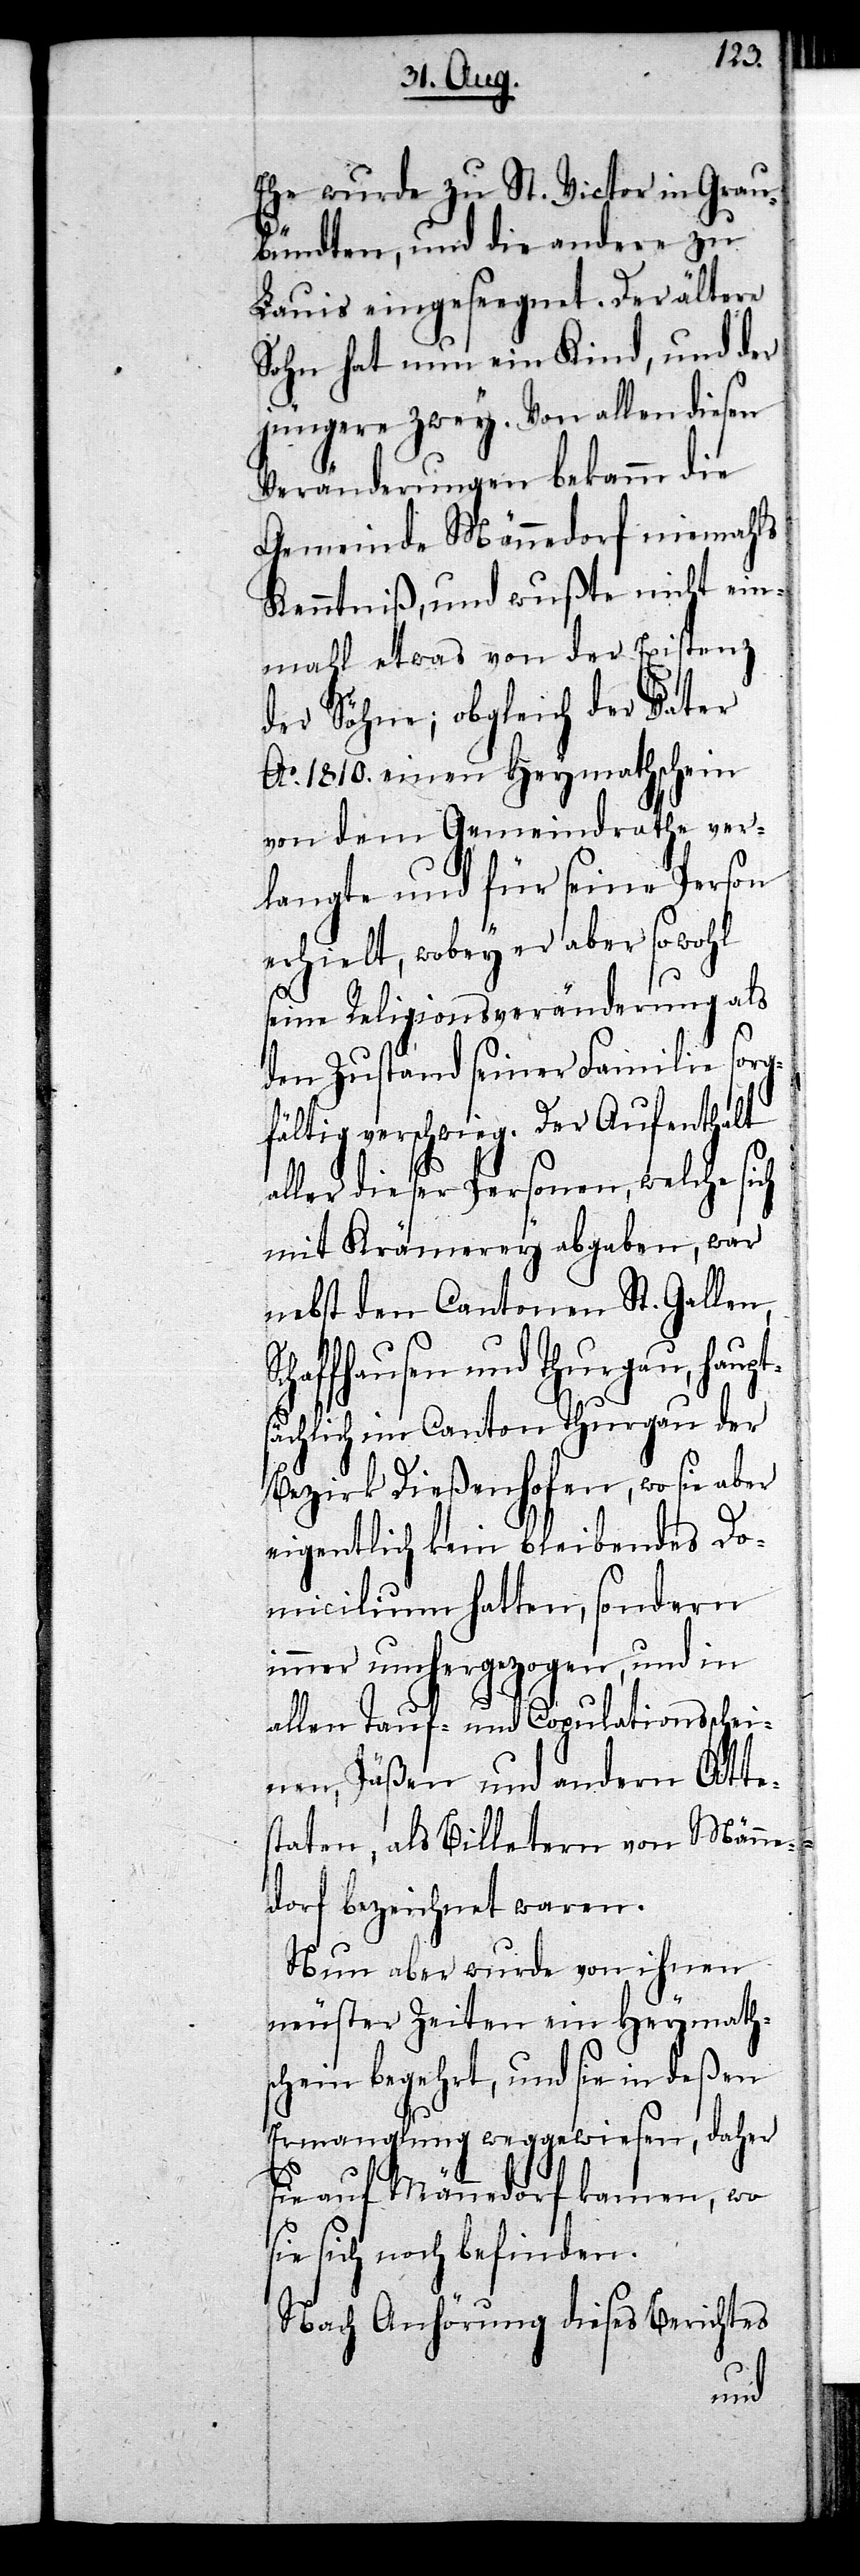
ts¬
Ehe wurde zu St. Victor in Grau¬
bündten, und die andere zu
Lauis eingesegnet. Der ältere
Sohn hat nun ein Kind, und der
jüngere zwey. Von allen diesen
Veränderungen bekam die
Gemeinde Männedorf niemahls
Kenntniß, und wußte nicht ein¬
mahl etwas von der Existenz
der Söhne; obgleich der Vater
Ao. 1810. einen Heymathschein
von dem Gemeindrathe ver¬
langte und für seine Person
erhielt, wobey er aber sowohl
seine Religionsveränderung als
den Zustand seiner Familie sorg¬
fältig verschwieg. Der Aufenthalt
aller dieser Personen, welche sich
mit Krämerey abgaben, war
nebst den Cantonen St. Gallen,
ffhausen und Thurgau, haup¬
ächlich im Canton Thurgau der
Bezirk Dießenhofen, wo sie aber
eigentlich kein bleibendes Do¬
micilium hatten, sondern
immer umhergezogen, und in
allen Tauf- und Copulationsschei¬
nen, Päßen und andern Atte¬
staten, als Billetern von Männe¬
dorf bezeichnet waren.
Nun aber wurde von ihnen
neuster Zeiten ein Heymaths¬
chein begehrt, und sie in deßen
Ermangelung weggewiesen, daher
sie auf Männedorf kamen, wo
sie sich noch befinden.
Nach Anhörung dieses Berichtes